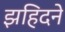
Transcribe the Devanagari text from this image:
झहिदने